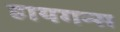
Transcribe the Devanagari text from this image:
हायगन्स